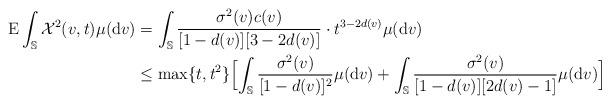
LaTeX: \begin{align*}\operatorname E\int_\mathbb S\mathcal X^2(v,t)\mu(\mathrm{d}v)&=\int_\mathbb S\frac{\sigma^2(v)c(v)}{[1-d(v)][3-2d(v)]}\cdot t^{3-2d(v)}\mu(\mathrm dv)\\&\le\max\{t,t^2\}\Bigl[\int_\mathbb S\frac{\sigma^2(v)}{[1-d(v)]^2}\mu(\mathrm dv)+\int_\mathbb S\frac{\sigma^2(v)}{[1-d(v)][2d(v)-1]}\mu(\mathrm dv)\Bigr]\end{align*}